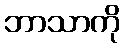
ဘာသာကို